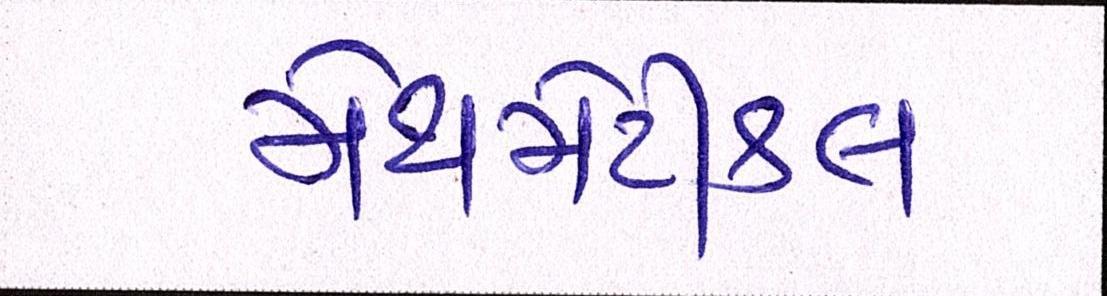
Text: મેથમેટીકલ